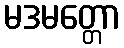
မဒမတ္တော